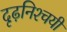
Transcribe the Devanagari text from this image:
दृढ़निश्‍चयी